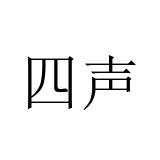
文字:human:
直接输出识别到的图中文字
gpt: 四声